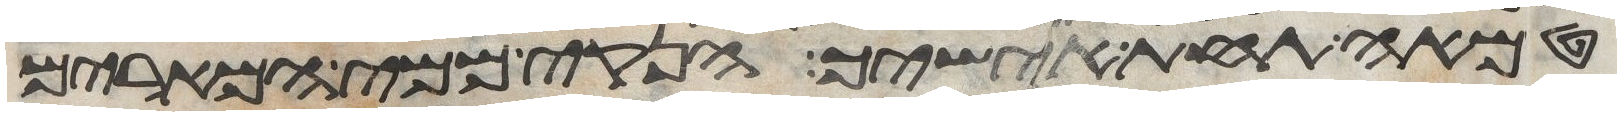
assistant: טמאה תחת אישיך הנקי ממי המרים